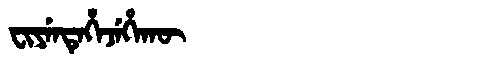
Manchu: ᠸᡳᠶᡝᠨᡨᡝᡥᡝᠵᡝᡥᠠᡴᡡ
Romanization: FIYENTEHEJEHAKŪ